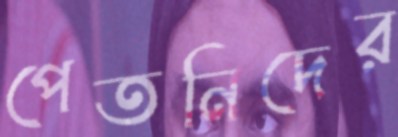
পেতনিদের